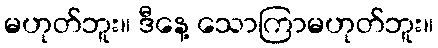
မဟုတ်ဘူး။ ဒီနေ့ သောကြာမဟုတ်ဘူး။